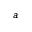
a